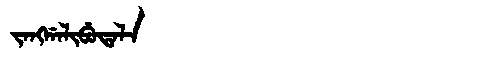
Manchu: ᠵᠠᠩᡤᠠᠯᡳᠪᡠᡨᠠᠯᠠ
Romanization: JANGGALIBUTALA